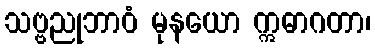
သဗ္ဗညုဘာဝံ မုနယော ဣဓာဂတာ၊